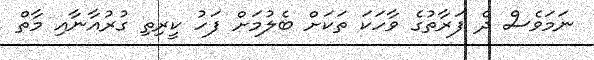
ނަމަވެސް ދެ ފަރާތުގެ ވާހަކަ ތަކަށް ބެލުމަށް ފަހު ކީރިތި ގުރުއާނާއި މާތް